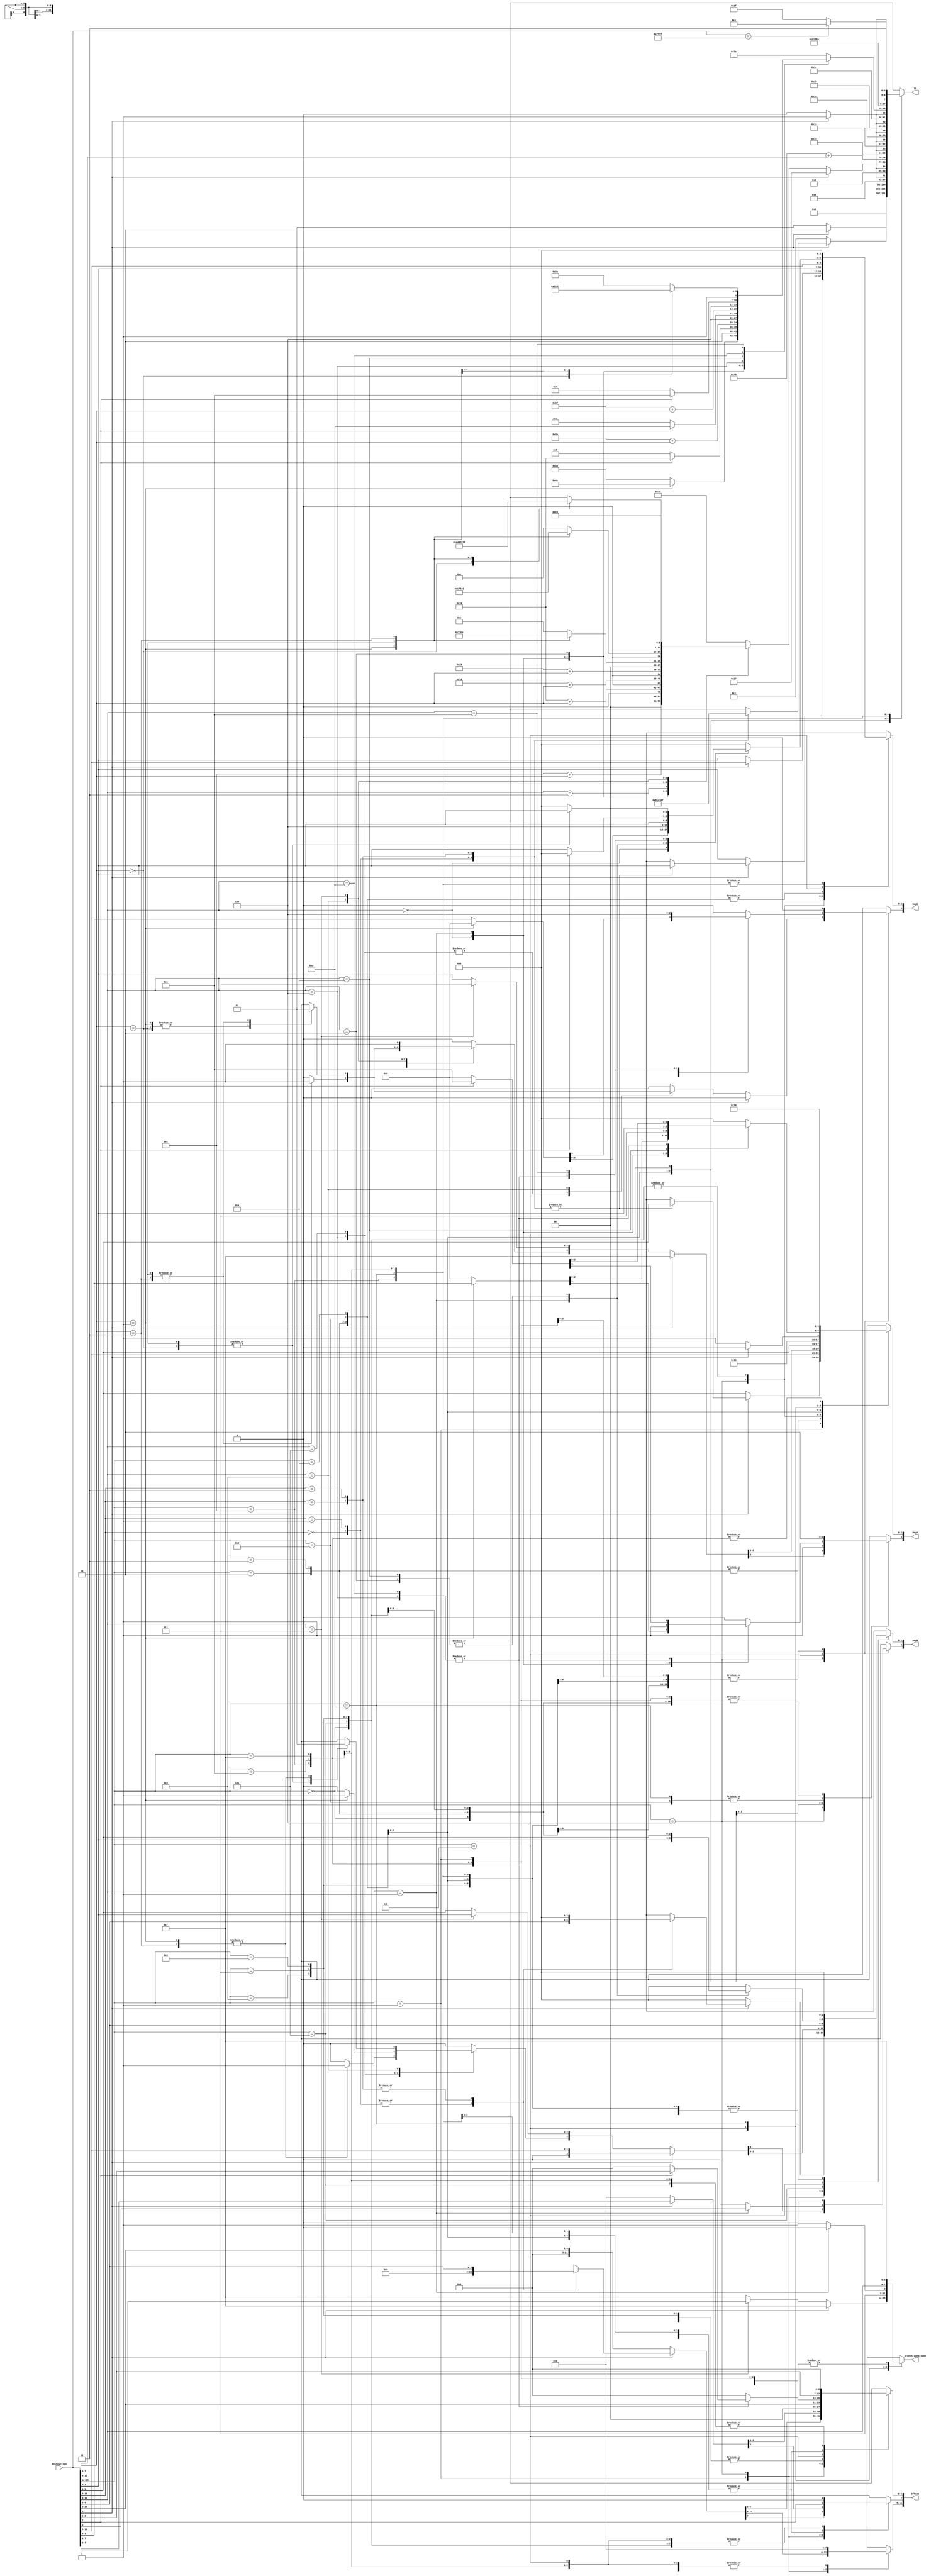

module InstructionDecoder #(
    parameter INSTRUCTION_WIDTH = 16,
    parameter ID_WIDTH = 7,
    parameter REGISTER_WIDTH = 4,
    parameter OFFSET_WIDTH = 12,
    parameter BRANCH_CONDITION_WIDTH = 4,
    parameter OS_START = 2048,
    parameter LINK_REGISTER = 4'hc,
    parameter SP_REGISTER = 4'he,
    parameter PC_REGISTER = 4'hf
)(
    input [(INSTRUCTION_WIDTH - 1) : 0] Instruction,
    output reg [(ID_WIDTH - 1) : 0] ID,
    output reg [(REGISTER_WIDTH - 1) : 0] RegD, RegA, RegB,
    output reg [(OFFSET_WIDTH - 1) : 0] Offset,
    output reg [(BRANCH_CONDITION_WIDTH - 1) : 0] branch_condition
);

    reg op;
    reg [1 : 0] funct1;
    reg [2 : 0] aux;
    reg [3 : 0] funct2;
    wire [3 : 0] Opcode;

    assign Opcode = Instruction[15:12];

    always @ ( * ) begin
        Offset = 0;
        RegD = 0;
        RegA = 0;
        RegB = 0;
        branch_condition = 4'hf;
        ID = 0;
        funct1 = 0;
        funct2 = Instruction[11:8];
        op = 0;
        aux = 0;

        case(Opcode)
            0:begin//Instructions 1 & 2
                op = Instruction[11];
                ID = (op)? 7'h2: 7'h1;
                Offset = {6'h0, Instruction[10:6]};
                RegD[2:0] = Instruction[2:0];
                RegA[2:0] = Instruction[5:3];
            end
            1:begin//Instructions 3~7
                op = Instruction[11];

                if(op)begin
                    funct1 = Instruction[10:9];

                    case(funct1)
                        0:begin//Instruction 4
                            ID = 7'h4;
                            RegD[2:0] = Instruction[2:0];
                            RegA[2:0] = Instruction[5:3];
                            RegB[2:0] = Instruction[8:6];
                        end

                        1:begin//Instruction 5
                            ID = 7'h5;
                            RegD[2:0] = Instruction[2:0];
                            RegA[2:0] = Instruction[5:3];
                            RegB[2:0] = Instruction[8:6];
                        end

                        2:begin//Instruction 6
                            ID = 7'h6;
                            RegD[2:0] = Instruction[2:0];
                            RegA[2:0] = Instruction[5:3];
                            Offset = {9'h0,Instruction[8:6]};
                        end

                        3:begin//Instruction 7
                            ID = 7'h7;
                            RegA[2:0] = Instruction[5:3];
                            RegD[2:0] = Instruction[2:0];
                            Offset = {9'h0,Instruction[8:6]};
                        end

                        default:begin
                            ID = 7'h7e;
                        end
                    endcase
                end
                else begin //Instruction 3
                    ID = 7'h3;
                    Offset = {6'h0, Instruction[10:6]};
                    RegD[2:0] = Instruction[2:0];
                    RegA[2:0] = Instruction[5:3];
                end
            end

            2:begin//Instructions 8 & 9
                op = Instruction[11];
                ID = (op)? 7'h9 : 7'h8;
                Offset = {4'h0, Instruction[7:0]};
                RegD[2:0] = Instruction[10:8];
                RegA[2:0] = Instruction[10:8];
            end

            3:begin//Instructions 10 & 11
                op = Instruction[11];
                ID = (op)? 7'hb : 7'ha;
                Offset = {4'h0, Instruction[7:0]};
                RegD[2:0] = Instruction[10:8];
                RegA[2:0] = Instruction[10:8];
            end

            4:begin//D E F types, Instructions 12~39
                op = Instruction[11];
                funct2 = Instruction[11:8];
                funct1 = Instruction[7:6];

                if(op)begin//Instruction 39
                    ID = 7'h27;
                    Offset = {4'h0, Instruction[7:0]};
                    RegD[2:0] = Instruction[10:8];
                    RegA = PC_REGISTER;
                    RegB = Instruction[10:8];
                end else begin
                    RegD[2:0] = Instruction[2:0];
                    RegA[2:0] = Instruction[2:0];
                    RegB[2:0] = Instruction[5:3];

                    case(funct2)
                        0:begin//Instructions 12~15
                            ID = 7'hc+funct1;
                        end

                        1:begin//Instructions 16~19
                            ID = 7'h10+funct1;
                        end

                        2:begin//Instructions 20~23
                            ID = 7'h14+funct1;
                        end

                        3:begin//Instructions 24~27
                            ID = 7'h18+funct1;
                        end

                        4:begin//Instructions 28~30
                            case(funct1)
                                1:begin//Instruction 28
                                    ID = 7'h1c;
                                    RegB[3] = 1;
                                end
                                2:begin//Instruction 29
                                    ID = 7'h1d;
                                    RegD[3] = 1;
                                    RegA[3] = 1;
                                end
                                3:begin//Instruction 30
                                    ID = 7'h1e;
                                    RegD[3] = 1;
                                    RegA[3] = 1;
                                    RegB[3] = 1;
                                end
                                default:begin
                                    ID = 7'hc;
                                end
                            endcase//Opcode = 4, funct2 = 4, case(funct1)
                        end//Opcode = 4. funct2 = 4


                        5:begin//Instructions 31~33
                            case(funct1)
                                1:begin//Instruction 31
                                    ID = 7'h1f;
                                    RegB[3] = 1;
                                end
                                2:begin//Instruction 32
                                    ID = 7'h20;
                                    RegD[3] = 1;
                                    RegA[3] = 1;
                                end
                                3:begin//Instruction 33
                                    ID = 7'h21;
                                    RegD[3] = 1;
                                    RegA[3] = 1;
                                end
                                default:begin
                                    ID = 7'hc;
                                end
                            endcase
                        end

                        6:begin//Instructions 34~37
                                case(funct1)
                                    0:begin//Instruction 34
                                        ID = 7'h22;
                                    end
                                    1:begin//Instruction 35
                                        ID = 7'h23;
                                        RegB[3] = 1;
                                    end
                                    2:begin//Instruction 36
                                        ID = 7'h24;
                                        RegD[3] = 1;
                                        RegA[3] = 1;
                                    end
                                    3:begin//Instruction 37
                                        ID = 7'h25;
                                        RegD[3] = 1;
                                        RegA[3] = 1;
                                        RegB[3] = 1;
                                    end
                                    default:begin
                                        ID = 7'hc;
                                    end
                                endcase//Opcode = 4, funct2 = 6, case(funct1)
                        end

                        7:begin//Instruction 38 BX
                            branch_condition = Instruction[7:4];
                            ID = 7'h26;
                            RegA = PC_REGISTER;
                            RegB[2:0] = Instruction[2:0];
                        end

                        default:begin
                            ID = 7'h7d;
                        end

                    endcase//Opcode = 4, case(funct2)
                end
            end

            5:begin//Instructions 40~47
                aux = Instruction[11:9];
                ID = 7'h28+aux;
                RegD = Instruction[2:0];
                RegA = Instruction[5:3];
                RegB = Instruction[8:6];
            end

            6:begin//Instructions 48 & 49
                op = Instruction[11];
                ID = (op)? 7'h31: 7'h30;
                RegD[2:0] = Instruction[2:0];
                RegA[2:0] = Instruction[5:3];
                Offset = {7'h0, Instruction[10:6]};
            end

            7:begin//Instructions 50 & 51
                op = Instruction[11];
                ID = (op)? 7'h33: 7'h32;
                RegD[2:0] = Instruction[2:0];
                RegA[2:0] = Instruction[5:3];
                Offset = {7'h0, Instruction[10:6]};
            end

            8:begin//Instructions 52 & 53
                op = Instruction[11];
                ID = (op)? 7'h35: 7'h34;
                RegD[2:0] = Instruction[2:0];
                RegA[2:0] = Instruction[5:3];
                Offset = {7'h0, Instruction[10:6]};
            end

            9:begin//Instructions 54 & 55
                Offset = {4'h0, Instruction[7:0]};
                RegD[2:0] = Instruction[10:8];
                RegA = SP_REGISTER;
                op = Instruction[11];
                ID = (op)?7'h37:7'h36;
            end

            10:begin//Instructions 56 & 57
                Offset = {4'h0, Instruction[7:0]};
                RegD = {1'b0, Instruction[10:8]};
                op = Instruction[11];
                RegA = (op) ? SP_REGISTER : PC_REGISTER;
                ID = (op)?7'h39:7'h38;
            end

            11:begin

                funct2 = Instruction[11:8];
                op = Instruction[7];
                funct1 = Instruction[7:6];

                case(funct2)

                    0:begin // Instructions 58 && 76
                        if (funct1 == 1) begin // Instruction 76 - PXR
                            ID = 7'h4c;
                            RegA[3:0] = Instruction[3:0];
                        end else begin // Instruction 58 = CPXR
                            ID = 7'h3a;
                            RegD[3:0] = Instruction[3:0];
                        end
                    end

                    1:begin // Instructions 79 BL && 80 BX
                        ID = op ? 7'h50 : 7'h4f;
                        branch_condition = 4'he; // AL
                        RegA = PC_REGISTER;
                        RegB = Instruction[3 : 0];
                        RegD = LINK_REGISTER;
                    end

                    2:begin//Instructions 59 ~ 62
                        RegD[2:0] = Instruction[2:0];
                        RegB[2:0] = Instruction[5:3];
                        ID = 7'h3b+funct1;
                    end

                    4:begin
                        if(Instruction[7])
                        begin   // Instruction 77 - PUSHM
                            ID = 7'h4d;
                            Offset[6:0] = Instruction[6:0];
                            RegA = SP_REGISTER;
                        end else begin  // Instruction 67 - PUSH
                            ID = 7'h43;
                            RegD = Instruction[2:0];
                        end
                    end

                    10:begin//Instructions 63 ~ 66
                        RegD[2:0] = Instruction[2:0];
                        RegA[2:0] = Instruction[2:0];
                        RegB[2:0] = Instruction[5:3];
                        ID = 7'h3f+funct1;
                    end

                    13:begin
                        if (Instruction[7]) begin   // Instruction 78 - POPM
                            ID = 7'h4e;
                            Offset[6:0] = Instruction[6:0];
                            RegA = SP_REGISTER;
                        end else begin  // Instruction 68 - POP
                            ID = 7'h44;
                            RegD = Instruction[2:0];
                        end
                    end

                    14:begin
                        case (funct1)

                            0:begin //Instruction 69 - OUTPUT
                                ID = 7'h45;
                                RegD = Instruction[2:0];
                            end

                            1:begin //Instruction 70 - PAUSE
                                ID = 7'h46;
                                RegA = 0;
                                RegB = 0;
                                RegD = 0;
                            end

                            2:begin //Instruction 71 - INPUT
                                ID = 7'h47;
                                RegD = Instruction[2:0];
                            end
                            
                            default:
                                ID = 7'h7a;

                        endcase
                    end
                    default:begin
                        ID = 7'h7a;
                    end
                endcase
            end

            12:begin//Instruction 72 - SWI
                ID = 7'h48;
                Offset[7:0] = Instruction[7 : 0]; // Fills the System Call Register
            end

            13:begin//Instruction 73 - B immediate
                branch_condition = Instruction[11:8];
                ID = 7'h49;
                Offset = Instruction[7:0];
                RegA =  PC_REGISTER;
            end

            14:begin//Instructions 74 & 75
                op = Instruction[11];
                ID = op?  7'h4b : 7'h4a; //HLT or NOP
            end

            15: begin //Reset State = 100
                ID = Instruction[15:0] == 16'hffff ? 7'h64 : 7'h7f;
            end

            default:begin
                ID = 7'h7f;
            end
        endcase

    end

endmodule